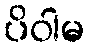
ပိဝါမ